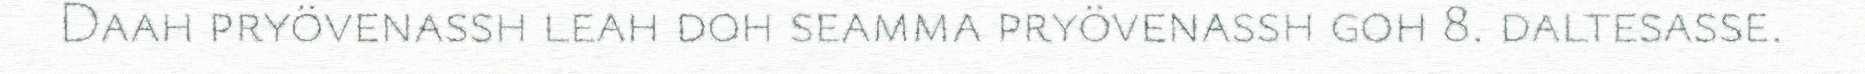
Daah pryövenassh leah doh seamma pryövenassh goh 8. daltesasse.